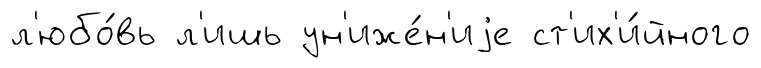
л'юбо́вь л'ишь ун'иже́н'иjе ст'их'и́йного